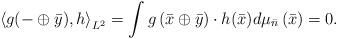
LaTeX: \begin{gather*}\left\langle g(- \oplus \bar{y}),h \right\rangle_{L^2} = \int g \left(\bar{x} \oplus \bar{y} \right) \cdot h(\bar{x}) d \mu_{\bar{n}} \left( \bar{x} \right) = 0.\end{gather*}